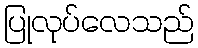
ပြုလုပ်လေသည်